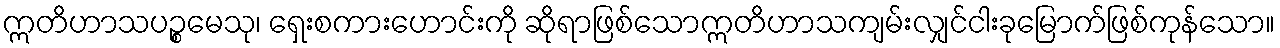
ဣတိဟာသပဉ္စမေသု၊ ရှေးစကားဟောင်းကို ဆိုရာဖြစ်သောဣတိဟာသကျမ်းလျှင်ငါးခုမြောက်ဖြစ်ကုန်သော။